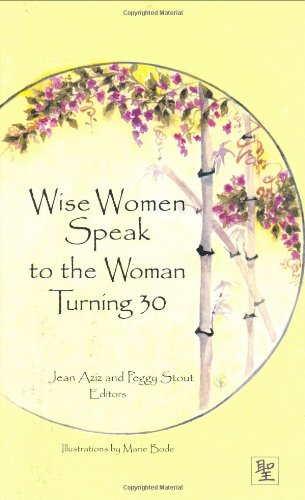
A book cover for Wise Women Speak to the Woman Turning 30 (Capital Lifestyles); Health, Fitness & Dieting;